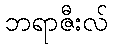
ဘရာဇီးလ်